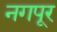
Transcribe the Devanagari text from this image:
नगपूर